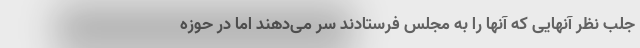
جلب نظر آنهایی که آنها را به مجلس فرستادند سر می‌دهند اما در حوزه